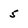
Character: 5